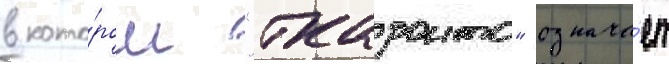
в кото́ром "ткаронто" означа́ет